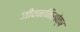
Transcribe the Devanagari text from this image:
जीवननिरपेक्ष